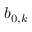
b _ { 0 , k }